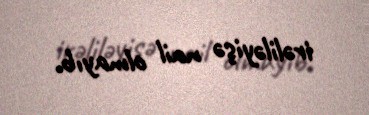
irəliləyişə nail olmayıb.